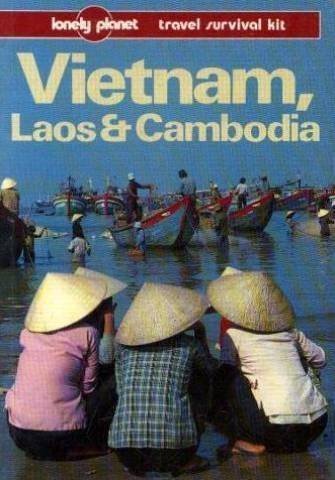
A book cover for Vietnam, Laos and Cambodia (Lonely Planet Travel Survival Kit); Daniel Cummings Joe; Robinson; Travel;